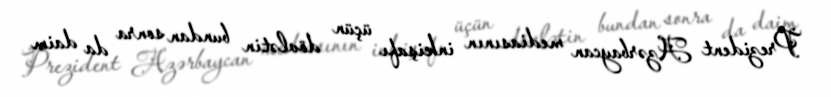
Prezident Azərbaycan mediasının inkişafı üçün dövlətin bundan sonra da daim